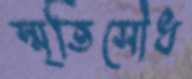
স্মৃতিসৌধ